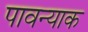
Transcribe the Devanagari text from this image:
पावन्याक